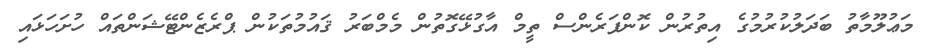
މަޢުލޫމާތު ބަދަލުކުރުމުގެ އިތުރުން ކޮންފަރެންސް ތީމް އާގުޅޭގޮތުން މެމްބަރު ޤައުމުތަކުން ޕްރެޒެންޓޭޝަންތައް ހުށަހަޅައި